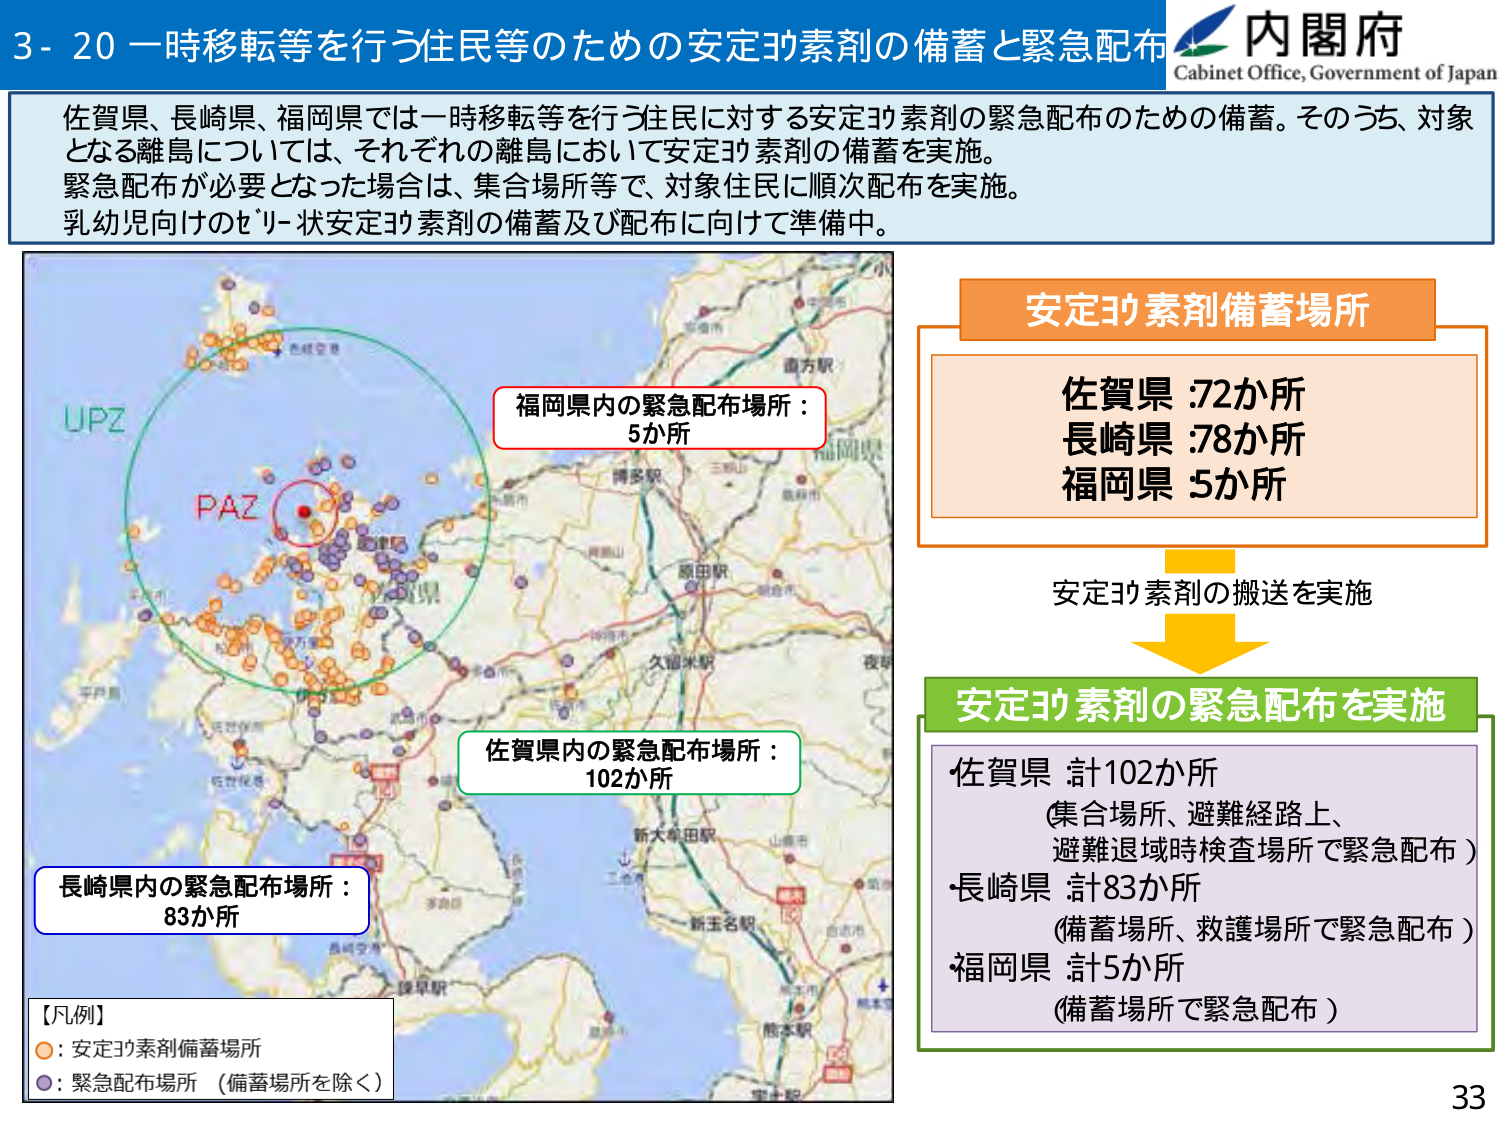
3-20 一時移転等を行う住民等のための安定ヨウ素剤の備蓄と緊急配布
内閣府
Cabinet Office, Government of Japan

佐賀県、長崎県、福岡県では一時移転等を行う住民に対する安定ヨウ素剤の緊急配布のための備蓄。そのうち、対象となる離島については、それぞれの離島において安定ヨウ素剤の備蓄を実施。
緊急配布が必要となった場合は、集合場所等で、対象住民に順次配布を実施。
乳幼児向けのゼリー状安定ヨウ素剤の備蓄及び配布に向けて準備中。

【凡例】
○：安定ヨウ素剤備蓄場所
●：緊急配布場所（備蓄場所を除く）

福岡県内の緊急配布場所：5か所
佐賀県内の緊急配布場所：102か所
長崎県内の緊急配布場所：83か所

安定ヨウ素剤備蓄場所
佐賀県：72か所
長崎県：78か所
福岡県：5か所

安定ヨウ素剤の搬送を実施

安定ヨウ素剤の緊急配布を実施
佐賀県：計102か所
（集合場所、避難経路上、避難退域時検査場所で緊急配布）
長崎県：計83か所
（備蓄場所、救護場所で緊急配布）
福岡県：計5か所
（備蓄場所で緊急配布）

33